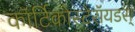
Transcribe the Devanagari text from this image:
कॉर्टिकोस्टेरॉयडस्